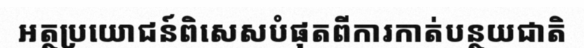
អត្ថប្រយោជន៍ពិសេសបំផុតពីការកាត់បន្ថយជាតិ